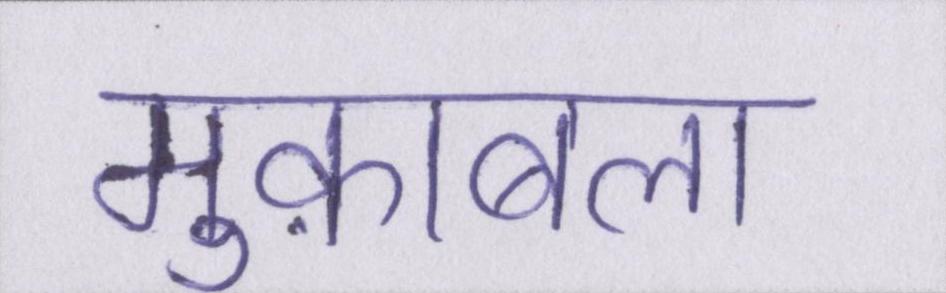
मुक़ाबला